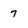
Character: 7